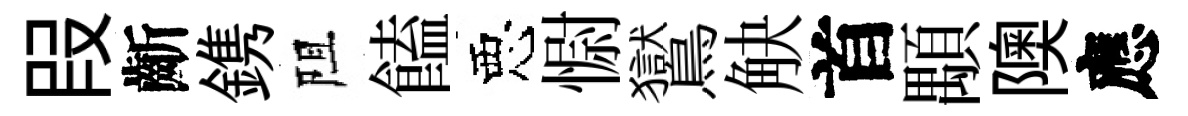
叚齗鎸阻饁惡𢠢鸑觖首顒隩應